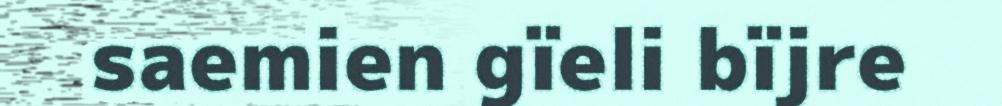
saemien gïeli bïjre